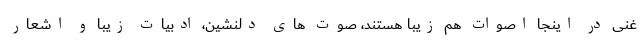
غنی در اینجا اصوات هم زیبا هستند، صوت های دلنشین، ادبیات زیبا و اشعار